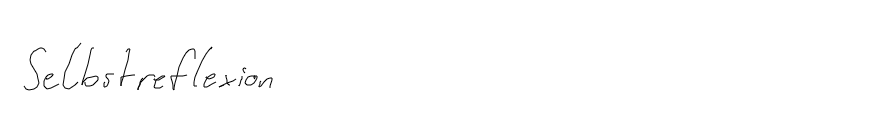
Selbstreflexion